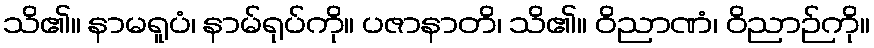
သိ၏။ နာမရူပံ၊ နာမ်ရုပ်ကို။ ပဇာနာတိ၊ သိ၏။ ဝိညာဏံ၊ ဝိညာဉ်ကို။